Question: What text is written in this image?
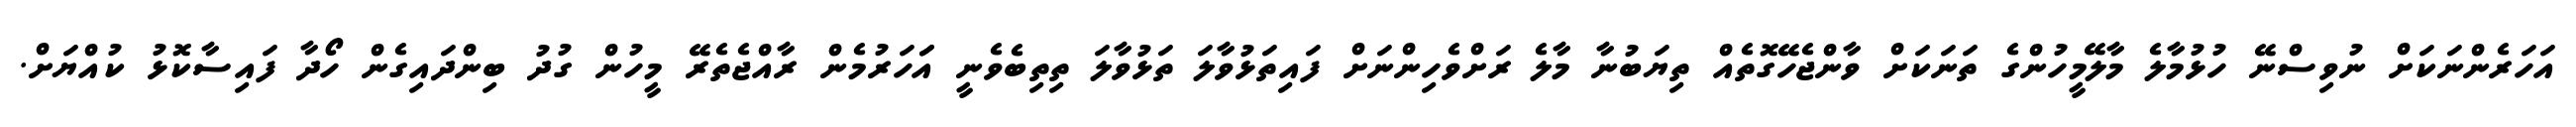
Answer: އަހަރެންނަކަށް ނުވިސްނޭ ހުޅުމާލެ މާލޭމީހުންގެ ތަނަކަށް ވާންޖެހޭގޮތެއް ތިޔަބުނާ މާލެ ރަށްވެހިންނަށް ފައިތަޅުވާލަ ތަޅުވާލަ ތިތިބެވެނީ އަަހަރުމެން ރާއްޖެތެރޭ މީހުން ގުދު ބިންދައިގެން ހޯދާ ފައިސާކޮޅު ކުއްޔަށް.